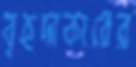
বৃহদাকারের